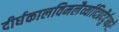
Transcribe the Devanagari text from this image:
दीर्घकालविमलैर्व्यादिप्रदैर्दुष्करैः